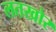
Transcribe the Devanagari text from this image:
लतखोर